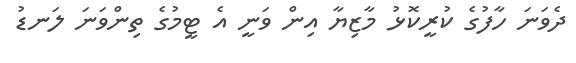
ދެވަނަ ހާފުގެ ކުރީކޮޅު މާޒިޔާ އިން ވަނީ އެ ޓީމުގެ ތިންވަނަ ލަނޑު